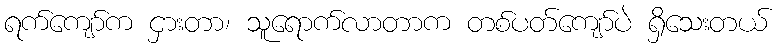
ရက်ကျော်က ငှားတာ၊ သူရောက်လာတာက တစ်ပတ်ကျော်ပဲ ရှိသေးတယ်